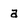
Character: a